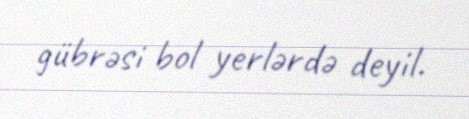
gübrəsi bol yerlərdə deyil.